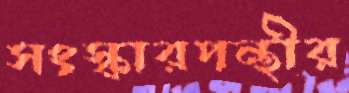
সংস্কারপন্থীর